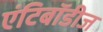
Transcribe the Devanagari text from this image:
एंटिबॉडीज